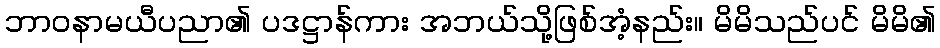
ဘာဝနာမယီပညာ၏ ပဒဋ္ဌာန်ကား အဘယ်သို့ဖြစ်အံ့နည်း။ မိမိသည်ပင် မိမိ၏